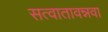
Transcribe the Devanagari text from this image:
सत्वातावन्नवा